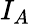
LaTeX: I_{A}